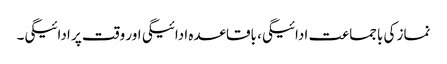
نماز کی باجماعت ادائیگی، باقاعدہ ادائیگی اور وقت پر ادائیگی۔